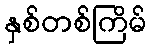
နှစ်တစ်ကြိမ်